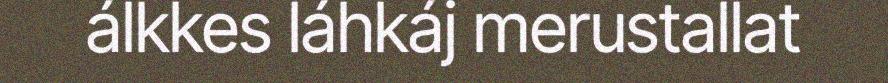
álkkes láhkáj merustallat